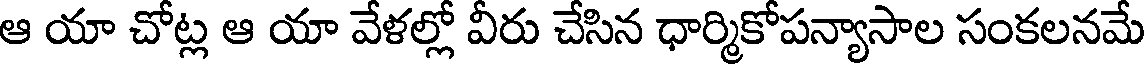
ఆ యా చోట్ల ఆ యా వేళల్లో వీరు చేసిన ధార్మికోపన్యాసాల సంకలనమే